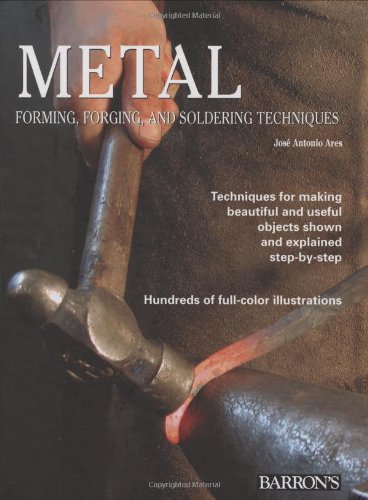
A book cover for Metal: Forming, Forging, and Soldering Techniques; Jose Antonio Ares; Arts & Photography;